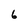
Character: 6